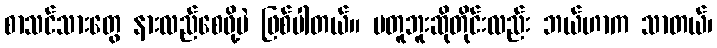
စာသင်သားတွေ နားလည်စေဖို့ပဲ ဖြစ်ပါတယ်။ မတူဘူးဆိုတိုင်းလည်း ဘယ်ဟာက သာတယ်၊